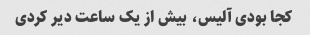
کجا بودی آلیس، بیش از یک ساعت دیر کردی